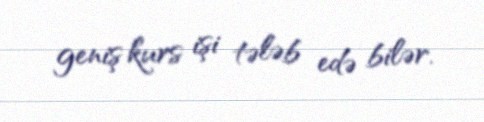
geniş kurs işi tələb edə bilər.